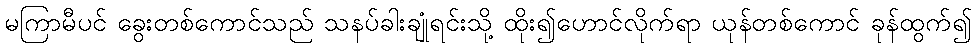
မကြာမီပင် ခွေးတစ်ကောင်သည် သနပ်ခါးချုံရင်းသို့ ထိုး၍ဟောင်လိုက်ရာ ယုန်တစ်ကောင် ခုန်ထွက်၍